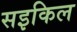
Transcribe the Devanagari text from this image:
सइकिल